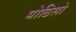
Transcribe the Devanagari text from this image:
मोठिसो